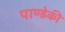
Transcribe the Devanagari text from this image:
पाण्डेकी